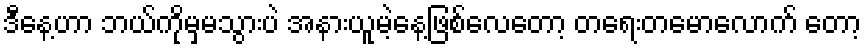
ဒီနေ့ဟာ ဘယ်ကိုမှမသွားပဲ အနားယူမဲ့နေ့ဖြစ်လေတော့ တရေးတမောလောက် တော့